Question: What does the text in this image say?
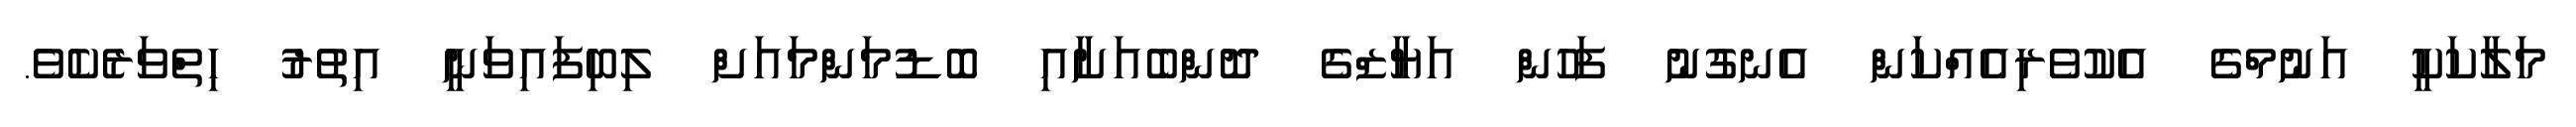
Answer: މަލާކަކީ އަނުމްގެ އެކުވެރިއެއްކަން އެނގުނު ފަހުން އަޔާޒްގެ ދޮންބެއަށާއި ބޮޑުމަންމައަށް ލިބިފައިވަނީ އިތުރު ހިތްވަރެކެވެ.